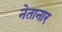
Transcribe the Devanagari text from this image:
नेतानार